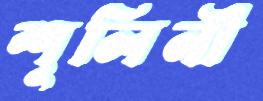
শূলিনী